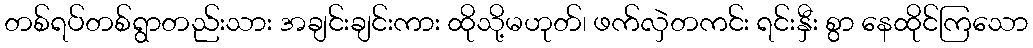
တစ်ရပ်တစ်ရွာတည်းသား အချင်းချင်းကား ထိုသို့မဟုတ်၊ ဖက်လှဲတကင်း ရင်းနှီး စွာ နေထိုင်ကြသော